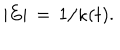
| E | \, = \, 1 / \kappa ( t ) .